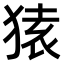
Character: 𫞤